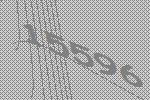
15596